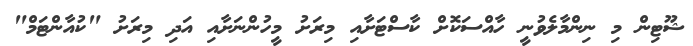
ޝޫޓިން މި ނިންމާލެވުނީ ހާއްސަކޮށް ކާސްޓަށާއި މިރަށު މީހުންނަށާއި އަދި މިރަށު "ކުއާންޓަމް"